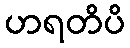
ဟရတိပိ